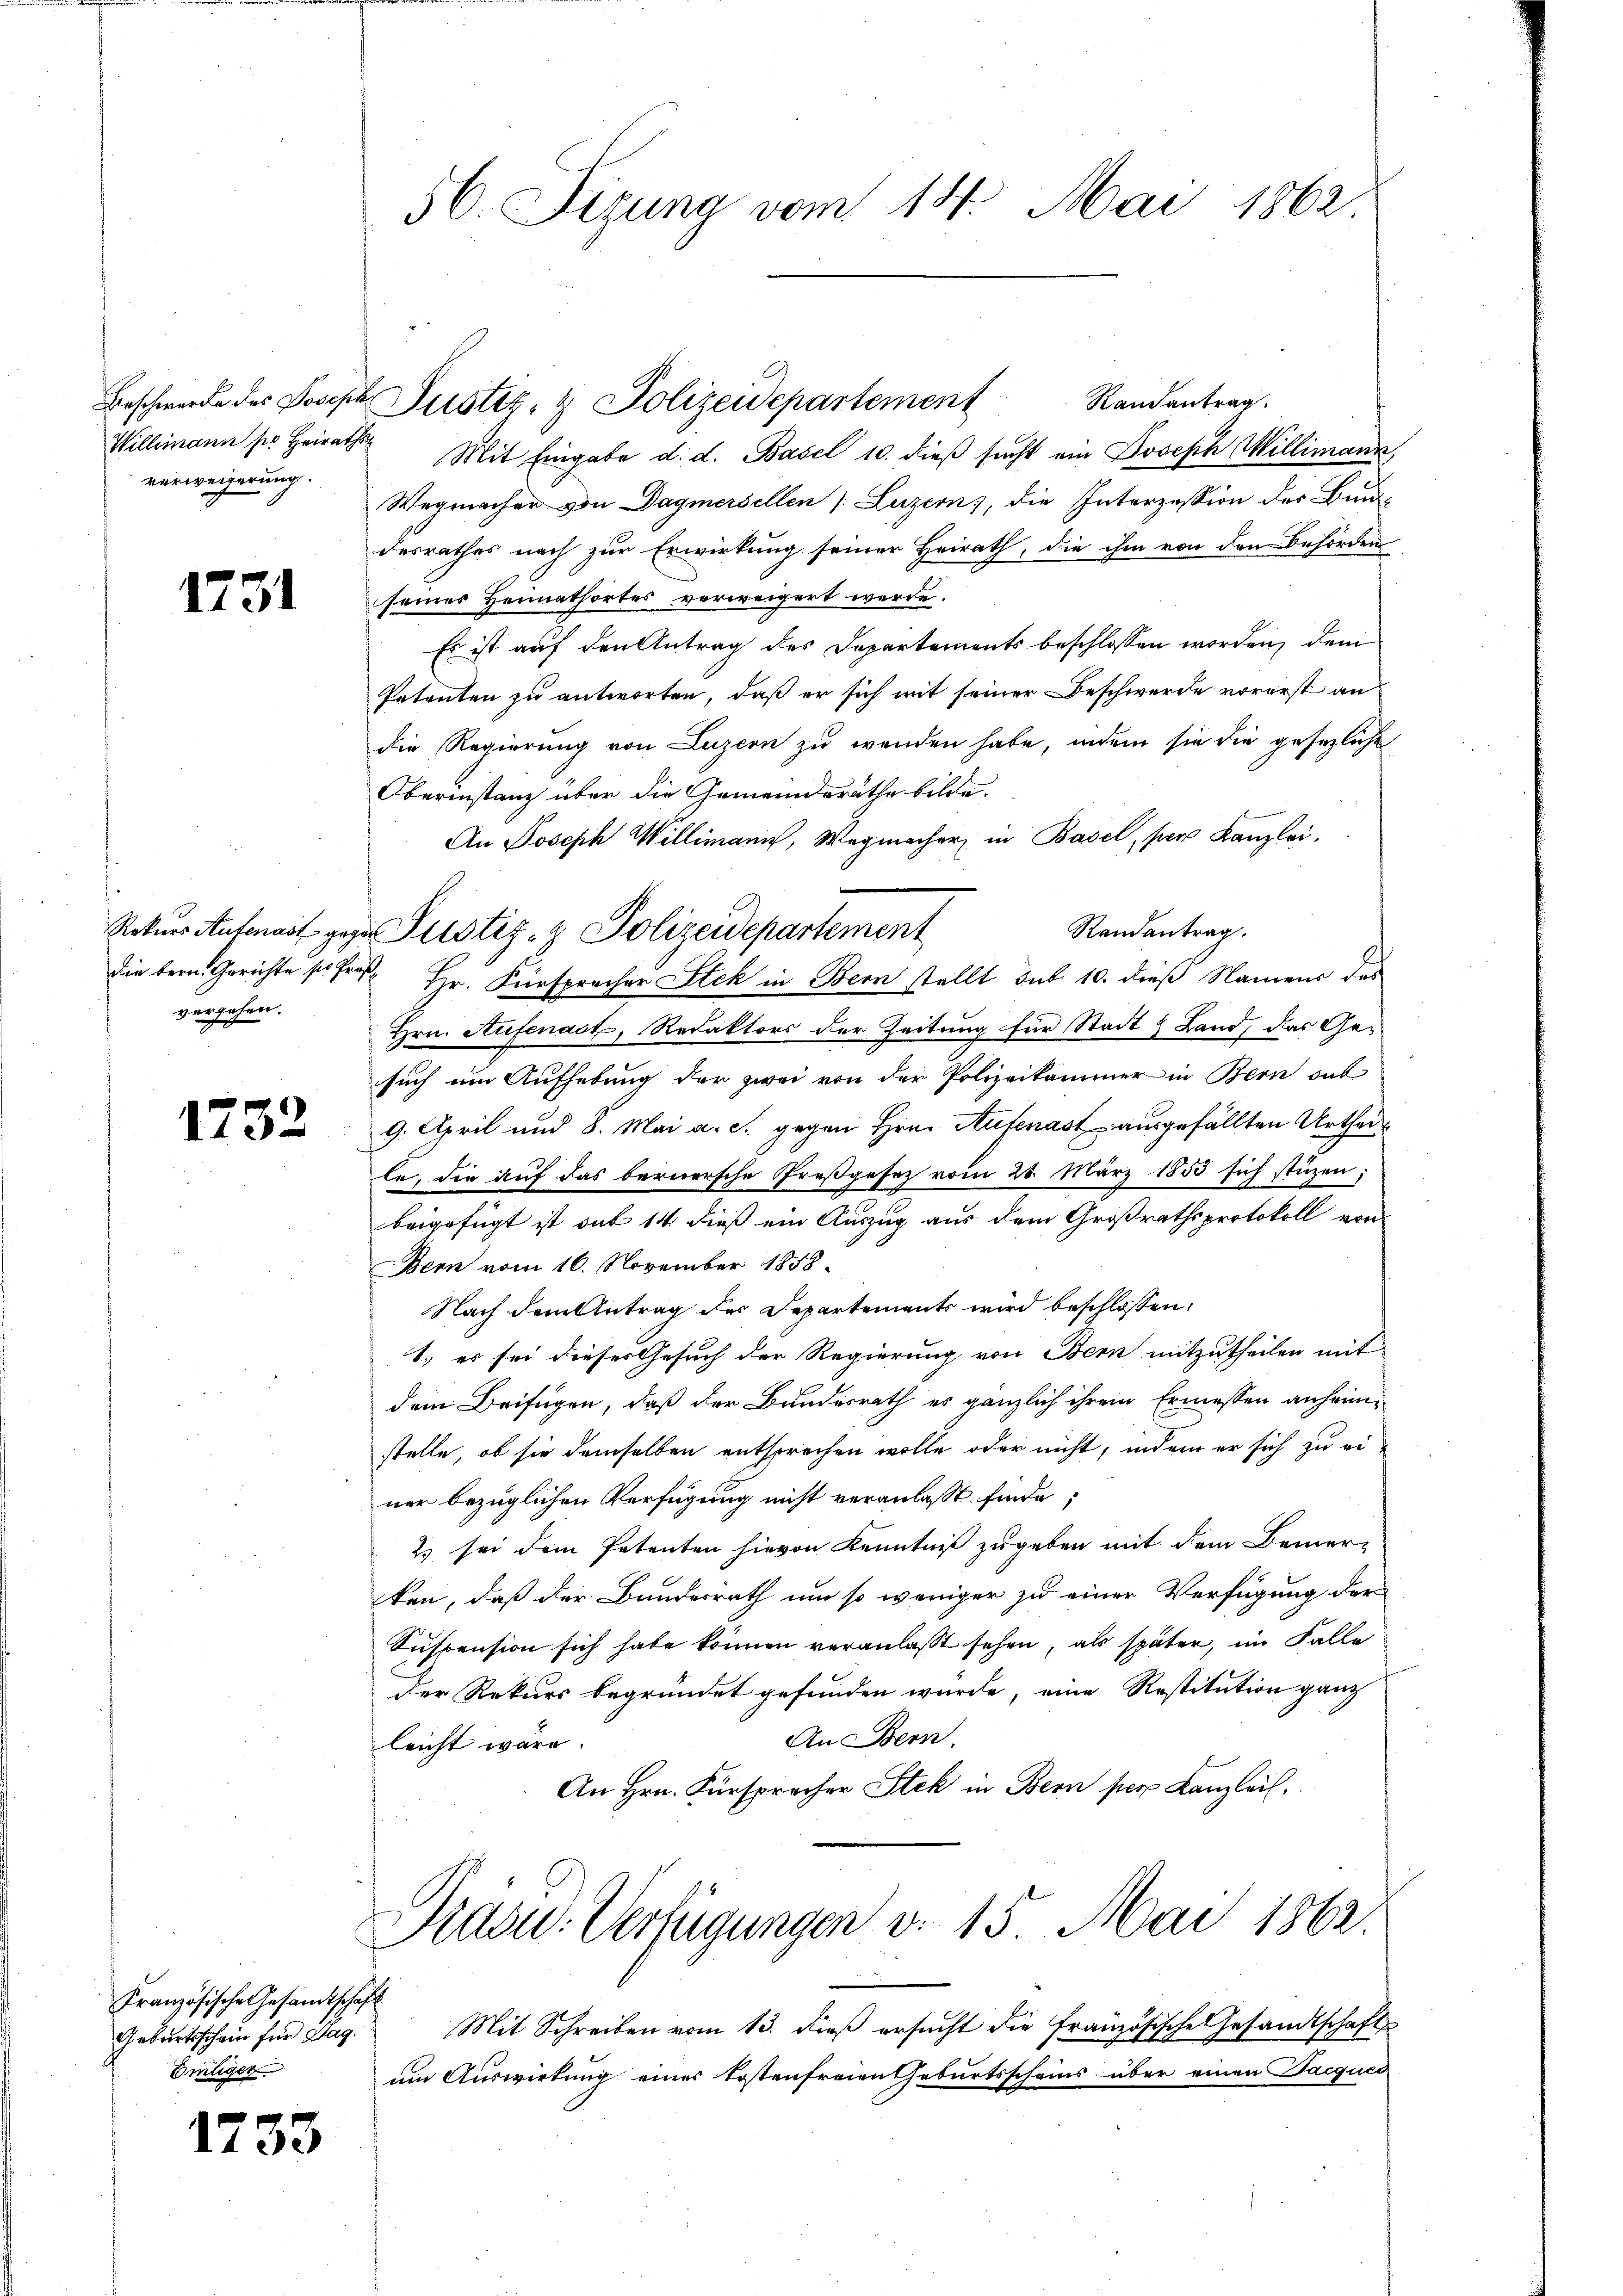
Beschwerde des Joseph
Willimann pr. Heiraths
verweigerung.

1731

Rekurs Autenast geg
die bern. Gerichte sie Pra
vergehen.

1732

Französische Gesandtschaft
Geburtsschein für Tag.
Eiliger

1733

56. Sizung vom 14. Mai 1862

Randantrag.
Mit Eingabe d. d. Basel 10. dieß sucht ein Joseph Willimann,
Wegmacher von Dagmersellen (Luzern, die Interzession der Bund-
desrathes nach zur Erwirkung seiner Heirath, die ihm von den Behörden
seines Heimathortes verweigert werde.
Es ist auf den Antrag des Departements beschlossen worden, dem
Petenten zu antworten, daß er sich mit seiner Beschwerde vorerst an
die Regierung von Luzern zu wenden habe, indem sie die gesezliche
Oberinstanz über die Gemeinderäthe bilde.
An Joseph Willimanic, Wegmacher in Basel, per Kanzlei.
Randantrag.
Justiz- & Polizeidepartement
Hr. Fürsprecher Stek in Bern stellt sub 10. dieß Namens des
Hrn. Aufenast, Redaktors der Zeitung für Stadt & Land, das Gesuch um Aufhebung der zwei von der Polizeikammer in Bern out
9. April und 8. Mai a. c. gegen Hrn. Aufenast ausgefällten Urtheille, die auf das bernersche Preßgesez vom 28. März 1853 sich stüzen;
beigefügt ist aus 14. dieß ein Auszug aus dem Großrathsprotokoll von
Bern vom 16. November 1858.
Nach dem Antrag der Departements wird beschlossen:
1.) es sei dieses Gesuch der Regierung von Bern mitzutheilen mit
dem Beifügen, daß der Bundesrath es gänzlich ihrem Ermessen anheimstelle, ob sie demselben entsprechen wolle oder nicht, indem er sich zu einer bezüglichen Verfügung nicht veranlasst finde;
2 sei dem Patenten hievon Kenntniß zugeben mit dem Bemer-
ken, daß der Bundesrath um so weniger zu einer Verfügung der
Suspension sich habe können veranlaßt sehen, als später, im Falle
der Rekurs begründet gefunden wurde, eine Restitution ganz
An Bern.
leicht wäre.
An Hrn. Fürsprecher Stek in Bern per Kanzlei.

Justiz- & Polizeidepartement

Pasu. Verfügungen v. 15. Mai 1862.

Mit Schreiben vom 13. dieß ersucht die französische Gesandtschaft
um Auswirtung einer Kostenfreien Geburtsscheins über einen Jacques